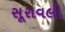
સૂરાવલી